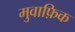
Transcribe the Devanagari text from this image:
मुवाफ़िक